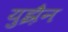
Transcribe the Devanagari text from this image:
युझ़ैन